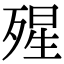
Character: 𣨾